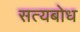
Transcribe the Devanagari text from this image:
सत्यबोध